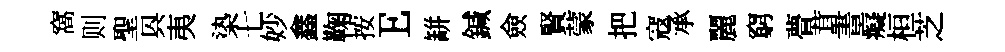
窩则聖㒷夷𣑱七妙鑫鞠按E缾鍼僉賢蒙把寇承麗窮瞢茸書癡桓芝